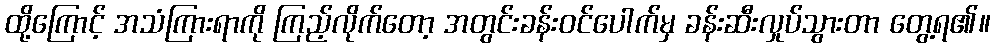
ထို့ကြောင့် အသံကြားရာကို ကြည့်လိုက်တော့ အတွင်းခန်းဝင်ပေါက်မှ ခန်းဆီးလှုပ်သွားတာ တွေ့ရ၏။